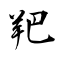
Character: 羓